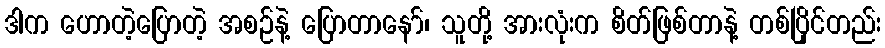
ဒါက ဟောတဲ့ပြောတဲ့ အစဉ်နဲ့ ပြောတာနော်၊ သူတို့ အားလုံးက စိတ်ဖြစ်တာနဲ့ တစ်ပြိုင်တည်း